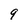
Character: 9